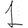
Digit: 1